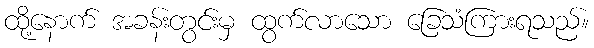
ထို့နောက် အခန်းတွင်းမှ ထွက်လာသော ခြေသံကြားရသည်။